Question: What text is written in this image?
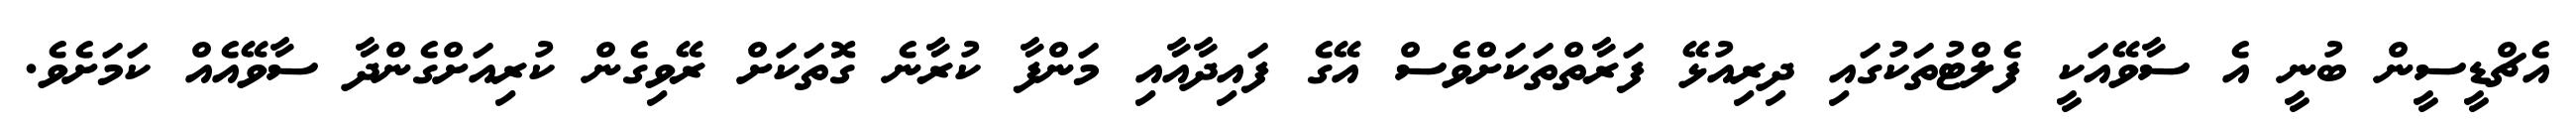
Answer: އެޗްޑީސީން ބުނީ އެ ސާވޭއަކީ ފެލްޓުތަކުގައި ދިރިއުޅޭ ފަރާތްތަކަށްވެސް އޭގެ ފައިދާއާއި މަންފާ ކުރާނެ ގޮތަކަށް ރޭވިގެން ކުރިއަށްގެންދާ ސާވޭއެއް ކަމަށެވެ.